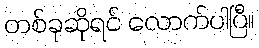
တစ်ခုဆိုရင် လောက်ပါပြီ။